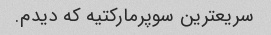
سریعترین سوپرمارکتیه که دیدم.